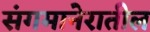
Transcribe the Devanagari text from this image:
संगमानेरातील